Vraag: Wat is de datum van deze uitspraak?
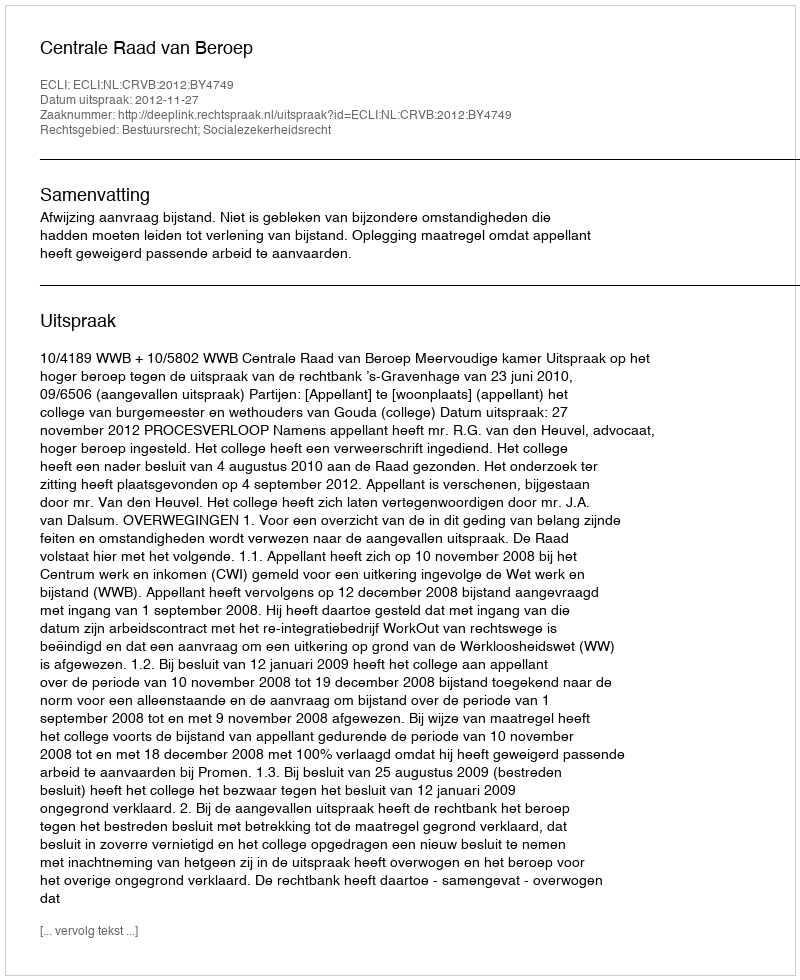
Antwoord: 2012-11-27